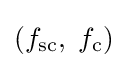
(f_{\text{sc}},\;f_{\text{c}})